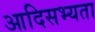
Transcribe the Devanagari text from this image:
आदिसभ्‍यता